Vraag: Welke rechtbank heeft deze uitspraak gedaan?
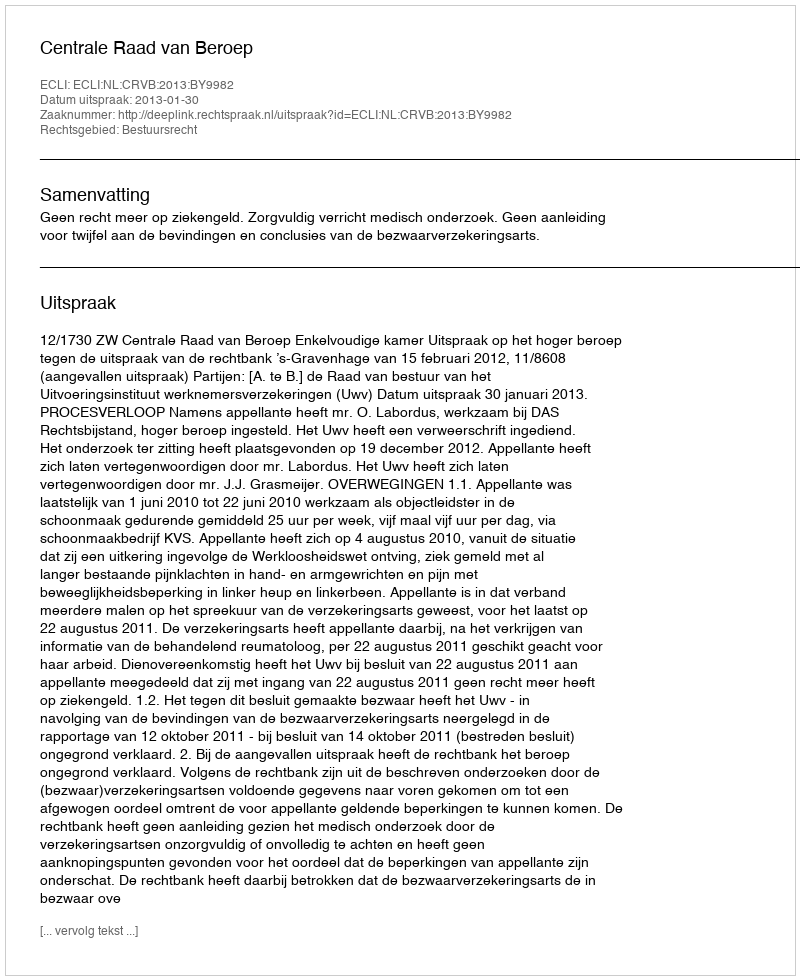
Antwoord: Centrale Raad van Beroep